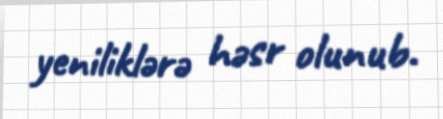
yeniliklərə həsr olunub.